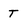
Character: T